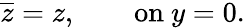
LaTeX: \overline{{z}}=z,\qquad\mathrm{on}~y=0.